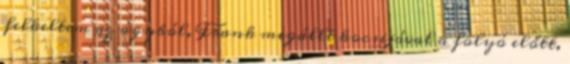
felkeltem az ágyból, Frank megállt kocsijával a folyó előtt,